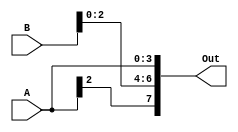
module Concatenation_example (
  input [3:0] A,
  input [4:0] B,
  output [7:0] Out
);

assign Out = {A[2], B[2:0], A[3:0]};

endmodule